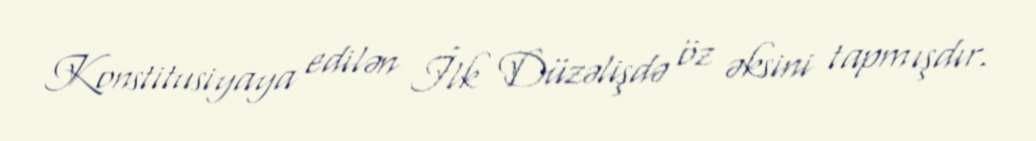
Konstitusiyaya edilən İlk Düzəlişdə öz əksini tapmışdır.